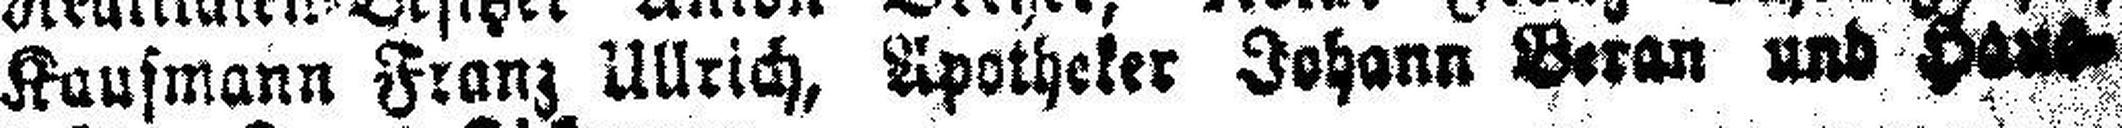
Kaufmann Franz Ullrich, Apotheker Johann Beran und Haus¬